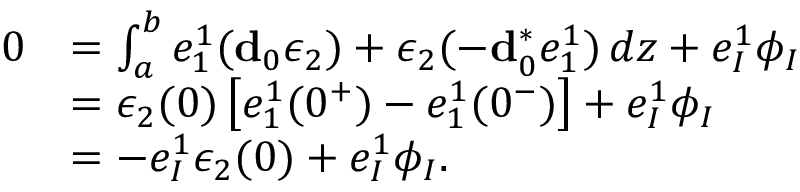
\begin{array} { r l } { 0 } & { = \int _ { a } ^ { b } e _ { 1 } ^ { 1 } ( \mathbf { d } _ { 0 } \epsilon _ { 2 } ) + \epsilon _ { 2 } ( - \mathbf { d } _ { 0 } ^ { \ast } e _ { 1 } ^ { 1 } ) \, d z + e _ { I } ^ { 1 } \phi _ { I } } \\ & { = \epsilon _ { 2 } ( 0 ) \left[ e _ { 1 } ^ { 1 } ( 0 ^ { + } ) - e _ { 1 } ^ { 1 } ( 0 ^ { - } ) \right] + e _ { I } ^ { 1 } \phi _ { I } } \\ & { = - e _ { I } ^ { 1 } \epsilon _ { 2 } ( 0 ) + e _ { I } ^ { 1 } \phi _ { I } . } \end{array}